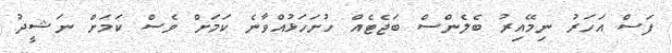
ފަސް އަހަރު ނިމޭއިރު ބެލެންސް ބަޖެޓެއް ހުށަހަޅުއްވާނެ ކަމަށް ވެސް ކަމަށް ނަޝީދު